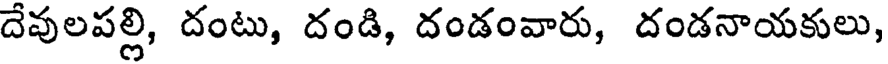
దేవులపల్లి, దంటు, దండి, దండంవారు, దండనాయకులు,